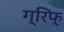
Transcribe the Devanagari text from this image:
ग्रिफ्